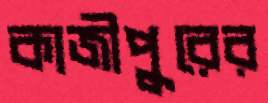
কাজীপুরের